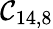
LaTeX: \mathcal{C}_{14,8}